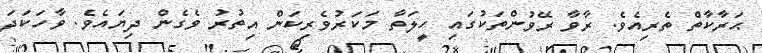
ޙަރާކާތް ތެރިއެވެ. ރާވާ ރޭވުންތަކުގައި ހީލަތާ މަކަރުވެރިކަން އިތުރު ވެގެން ދިޔައެވެ. ވާހަކަދަ